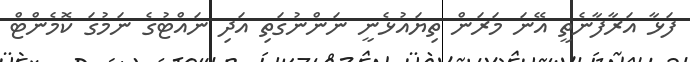
ފަޅާ އަރާފާނެތީ އޭނަ މަރަން ތިޔައުޅެނީ ނަންނުގަތި އަދި ނައްޓުގެ ނަމުގަ ކޮމެންޓް